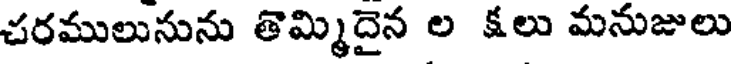
చరములునును తొమ్మిదైన ల క్షలు మనుజులు